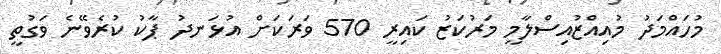
މުހައްމަދު މުއިއްޒުއިސްލާމީ މަރުކަޒު ކައިރީ 570 ވަރަކަށް އުޅަނދު ޕާކު ކުރެވޭނެ ވަގުތީ